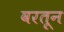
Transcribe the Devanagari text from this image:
वरतून